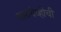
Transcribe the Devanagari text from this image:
सारायेव्होची